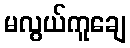
မလွယ်ကူချေ